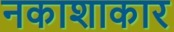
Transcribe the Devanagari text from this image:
नकाशाकार